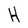
Character: H